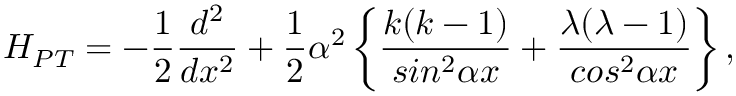
H _ { P T } = - \frac { 1 } { 2 } \frac { d ^ { 2 } } { d x ^ { 2 } } + \frac { 1 } { 2 } \alpha ^ { 2 } \left\{ \frac { k ( k - 1 ) } { s i n ^ { 2 } \alpha { x } } + \frac { \lambda ( \lambda - 1 ) } { c o s ^ { 2 } \alpha { x } } \right\} ,